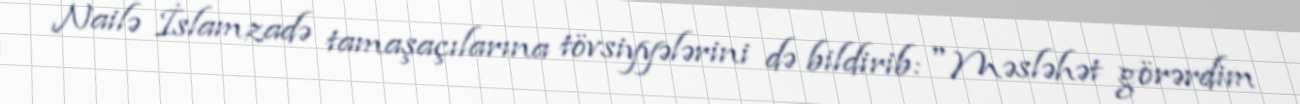
Nailə İslamzadə tamaşaçılarına tövsiyyələrini də bildirib: "Məsləhət görərdim